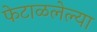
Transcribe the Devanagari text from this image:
फेटाळलेल्या